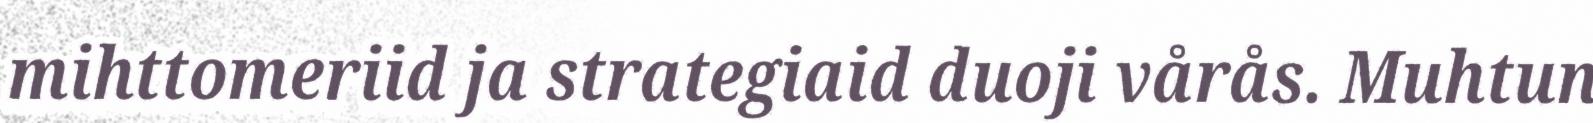
mihttomeriid ja strategiaid duoji vårås. Muhtun